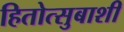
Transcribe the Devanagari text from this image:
हितोत्सुबाशी